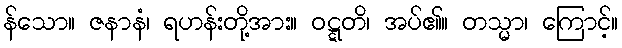
န်သော။ ဇနာနံ၊ ရဟန်းတို့အား။ ဝဋ္ဋတိ၊ အပ်၏။ တသ္မာ၊ ကြောင့်။